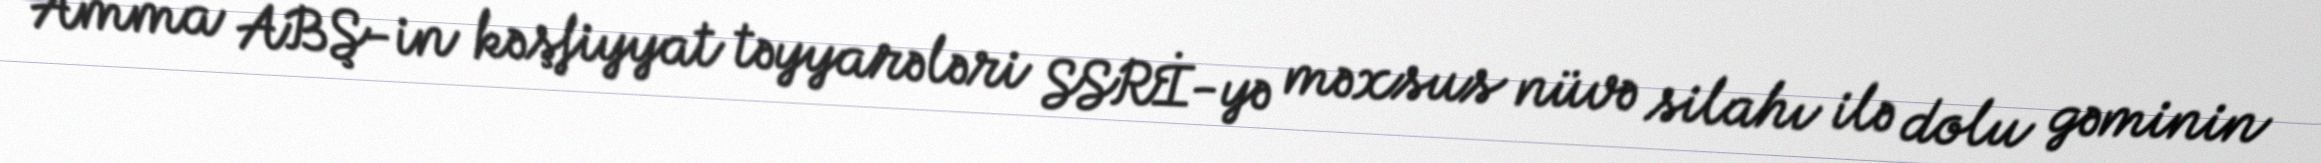
Amma ABŞ-in kəşfiyyat təyyarələri SSRİ-yə məxsus nüvə silahı ilə dolu gəminin